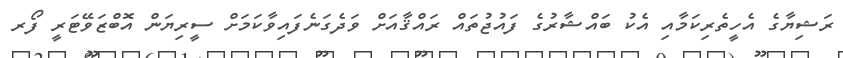
ރަޝިޔާގެ އެހީތެރިކަމާއި އެކު ބައްޝާރުގެ ފައުޖުތައް ރައްޤާއަށް ވަދެގަނެފައިވާކަމަށް ސީރިޔަން އޮބްޒަވޭޓަރީ ފޯރ